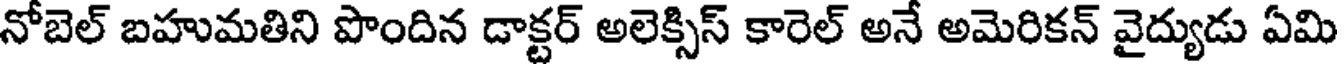
నోబెల్ బహుమతిని పొందిన డాక్టర్ అలెక్సిస్ కారెల్ అనే అమెరికన్ వైద్యుడు ఏమి